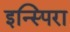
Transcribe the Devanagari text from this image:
इन्स्पिरा